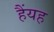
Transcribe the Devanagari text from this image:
हैंयह